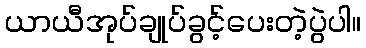
ယာယီအုပ်ချုပ်ခွင့်ပေးတဲ့ပွဲပါ။